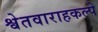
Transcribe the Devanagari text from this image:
श्वेतवाराहकल्पे